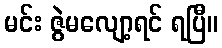
မင်း ဇွဲမလျော့ရင် ရပြီ။